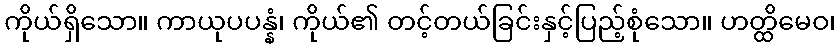
ကိုယ်ရှိသော။ ကာယုပပန္နံ၊ ကိုယ်၏ တင့်တယ်ခြင်းနှင့်ပြည့်စုံသော။ ဟတ္ထိမေဝ၊